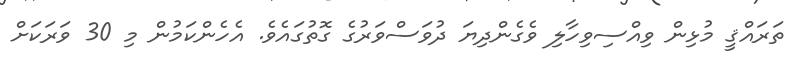
ތަރައްޤީ މުޅިން ވިއްސިވިހާލި ވެގެންދިޔަ ދުވަސްވަރުގެ ގޮތުގައެވެ. އެހެންކަމުން މި 30 ވަރަކަށް